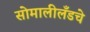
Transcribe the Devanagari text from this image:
सोमालीलँडचे